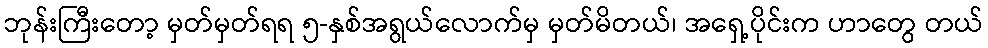
ဘုန်းကြီးတော့ မှတ်မှတ်ရရ ၅-နှစ်အရွယ်လောက်မှ မှတ်မိတယ်၊ အရှေ့ပိုင်းက ဟာတွေ တယ်